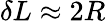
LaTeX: \delta L\approx 2R